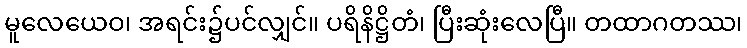
မူလေယေဝ၊ အရင်း၌ပင်လျှင်။ ပရိနိဋ္ဌိတံ၊ ပြီးဆုံးလေပြီ။ တထာဂတဿ၊